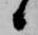
候